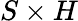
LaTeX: S\times H